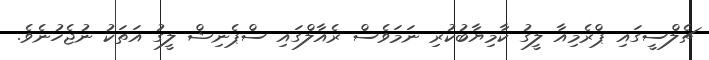
ޗެލްސީގައި ޕްރެމިއާ ލީގު ކާމިޔާބުކުރި ނަމަވެސް ރެއާލްގައި ސްޕެނިޝް ލީގު އަތަކު ނުޖެހުނެވެ.